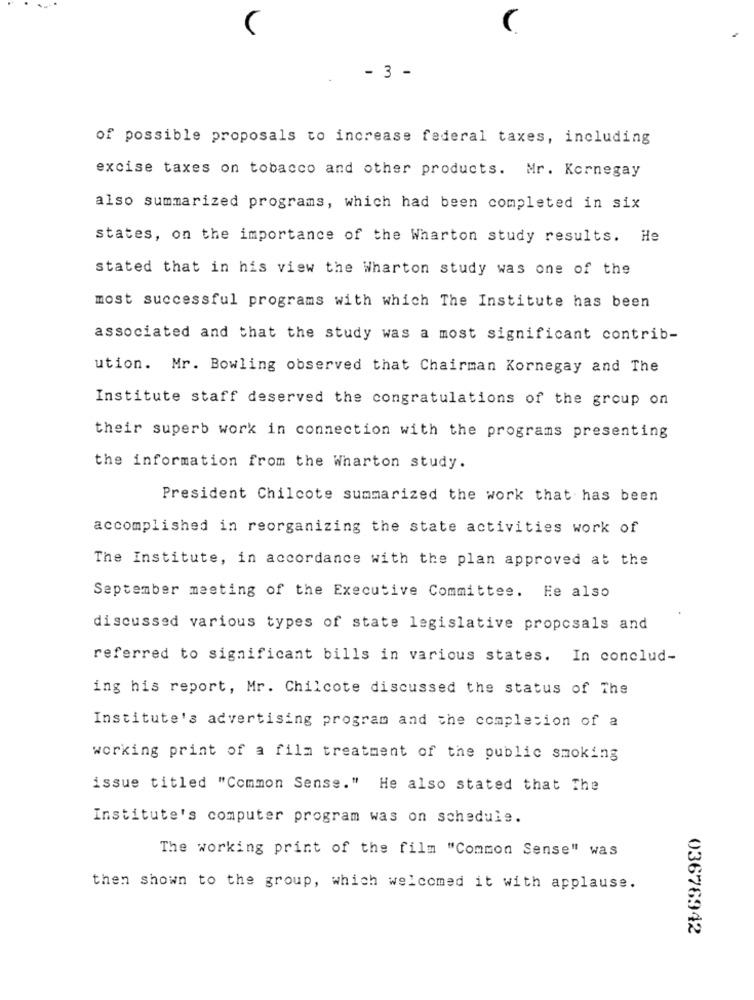
C
- 3 -
of possible proposals to increase federal taxes, including
excise taxes on tobacco and other products. Mr. Kornegay
also summarized programs, which had been completed in six
states, on the importance of the Wharton study results. He
stated that in his view the Wharton study was one of the
most successful programs with which The Institute has been
associated and that the study was a most significant contrib-
ution. Mr. Bowling observed that Chairman Kornegay and The
Institute staff deserved the congratulations of the group on
their superb work in connection with the programs presenting
the information from the Wharton study.
President Chilcote summarized the work that has been
accomplished in reorganizing the state activities work of
The Institute, in accordance with the plan approved at the
September meeting of the Executive Committee. He also
discussed various types of state legislative proposals and
referred to significant bills in various states. In conclud-
ing his report, Mr. Chilcote discussed the status of The
Institute's advertising program and the completion of a
working print of a film treatment of the public smoking
issue titled "Common Sense." He also stated that The
Institute's computer program was on schedule.
The working print of the film "Common Sense" was
then shown to the group, which welcomed it with applause.
03676942